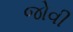
જોવી